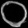
Digit: ၀